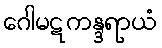
ဂေါမဋကန္ဒရာယံ